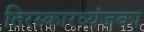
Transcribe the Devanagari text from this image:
तिरस्कारव्यंजका